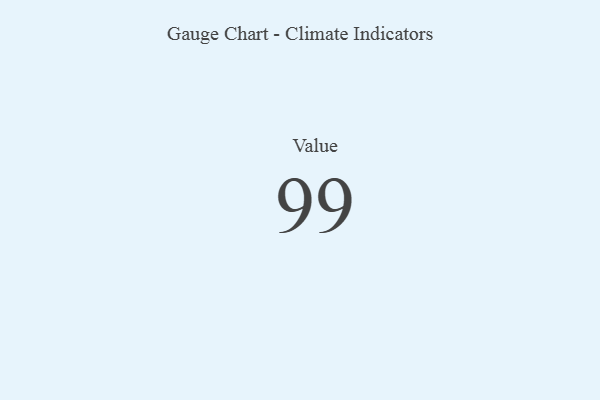
{"axis": {"x": "Metric", "y": "Value"}, "legend": [""], "data": [{"x": "Value", "y": 99, "type": ""}]}